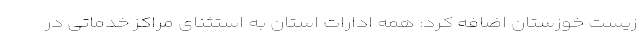
زیست خوزستان اضافه کرد: همه ادارات استان به استثنای مراکز خدماتی در